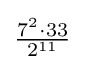
{\tfrac {7^{2}\cdot 33}{2^{11}}}